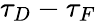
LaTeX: \tau_{D}-\tau_{F}